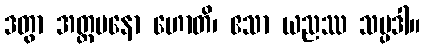
ဒတွာ အတ္တမနော ဟောတိ၊ ဧသာ ယညဿ သမ္ပဒါ။